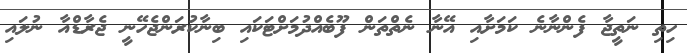
ހިތި ނަތީޖާ ފެންނާނެ ކަމަށާއި އޭނާ ނެތްތަން ފޫބެއްދުމަށްޓަކައި ބިނާކުރަންޖެހޭނީ ޖެރާޑްއާ ނުލައި